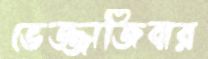
ভেজ্জাজিবার